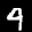
Label: 4